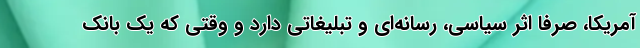
آمریکا، صرفا اثر سیاسی، رسانه‌ای و تبلیغاتی دارد و وقتی که یک بانک